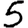
Digit: 5